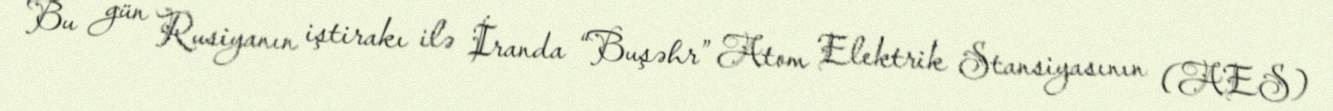
Bu gün Rusiyanın iştirakı ilə İranda “Buşəhr” Atom Elektrik Stansiyasının (AES)